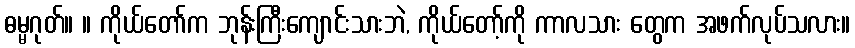
ဓမ္မဂုတ်။ ။ ကိုယ်တော်က ဘုန်းကြီးကျောင်းသားဘဲ, ကိုယ်တော့်ကို ကာလသား တွေက အဖက်လုပ်သလား။